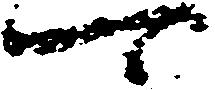
可